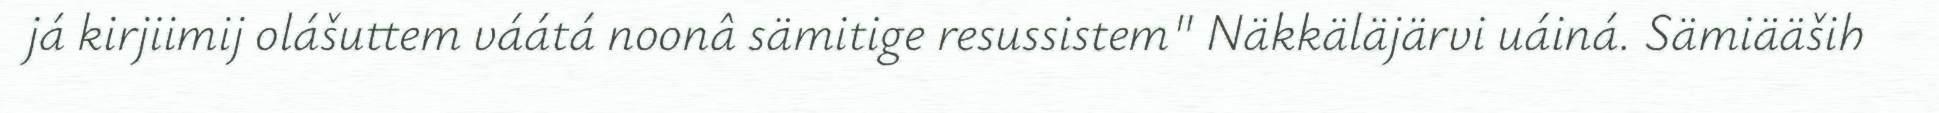
já kirjiimij olášuttem váátá noonâ sämitige resussistem" Näkkäläjärvi uáiná. Sämiääših